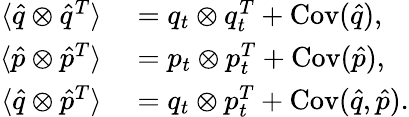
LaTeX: \begin{array}{rl}{\langle\hat{q}\otimes\hat{q}^{T}\rangle}&{{}=q_{t}\otimes q_{t}^{T}+\operatorname{Cov}(\hat{q}),}\\ {\langle\hat{p}\otimes\hat{p}^{T}\rangle}&{{}=p_{t}\otimes p_{t}^{T}+\operatorname{Cov}(\hat{p}),}\\ {\langle\hat{q}\otimes\hat{p}^{T}\rangle}&{{}=q_{t}\otimes p_{t}^{T}+\operatorname{Cov}(\hat{q},\hat{p}).}\end{array}